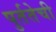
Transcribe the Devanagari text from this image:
पुर्ततेची